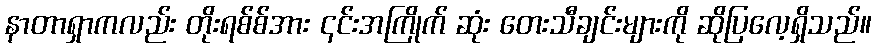
နာတာရှာကလည်း တိုးရစ်စ်အား ၎င်းအကြိုက် ဆုံး တေးသီချင်းများကို ဆိုပြလေ့ရှိသည်။